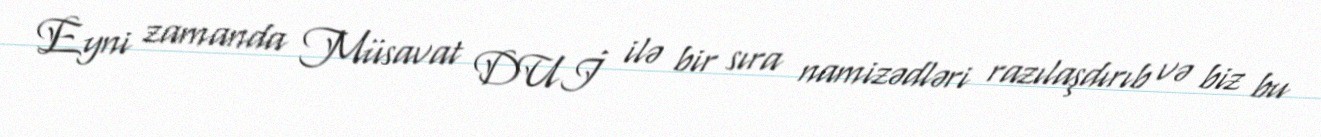
Eyni zamanda Müsavat DUİ ilə bir sıra namizədləri razılaşdırıb və biz bu